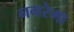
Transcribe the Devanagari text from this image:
नगरेमा